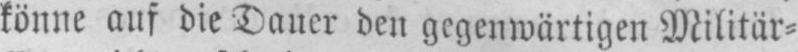
könne auf die Dauer den gegenwärtigen Militär⸗